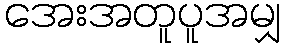
အေးအတူပူအမျှ